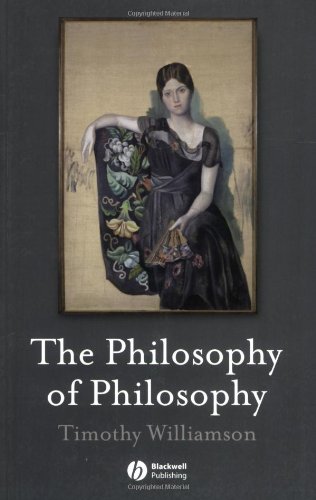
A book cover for The Philosophy of Philosophy (The Blackwell / Brown Lectures in Philosophy, Vol. 2); Timothy Williamson; Politics & Social Sciences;